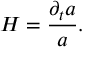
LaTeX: H = \frac { \partial _ { t } a } { a } .